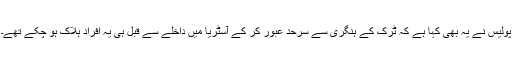
پولیس نے یہ بھی کہا ہے کہ ٹرک کے ہنگری سے سرحد عبور کر کے آسٹریا میں داخلے سے قبل ہی یہ افراد ہلاک ہو چکے تھے۔